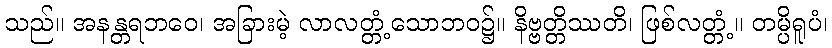
သည်။ အနန္တရဘဝေ၊ အခြားမဲ့ လာလတ္တံ့သောဘဝ၌။ နိဗ္ဗတ္တိဿတိ၊ ဖြစ်လတ္တံ့။ တမ္ပိရူပံ၊